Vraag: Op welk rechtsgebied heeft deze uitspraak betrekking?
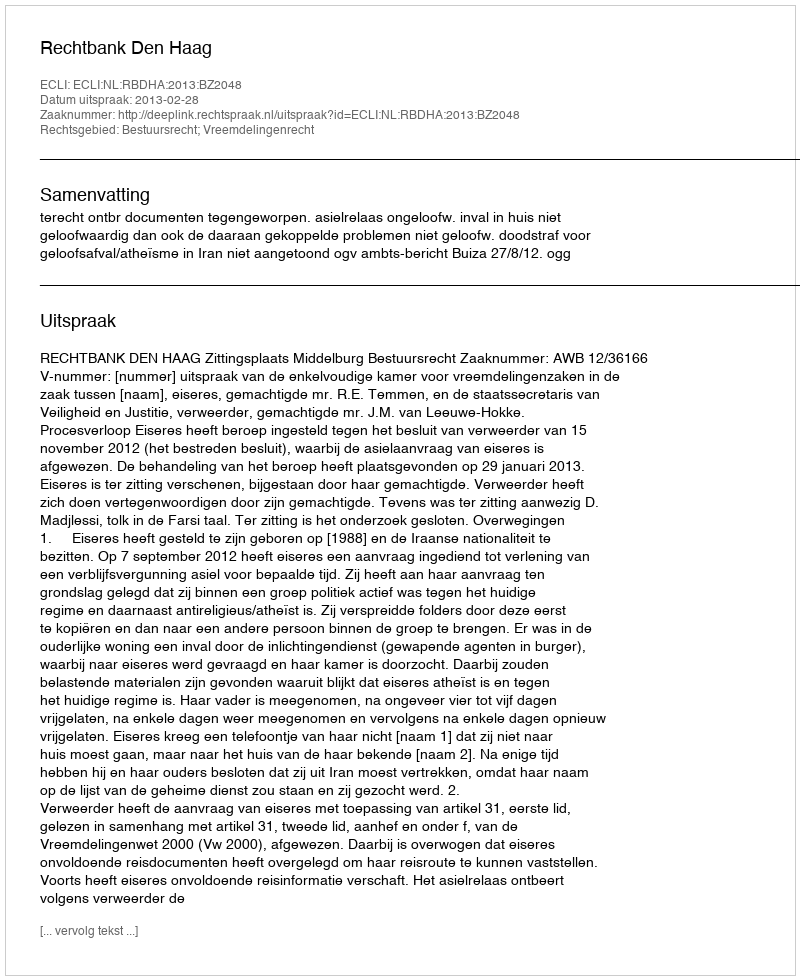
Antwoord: Bestuursrecht; Vreemdelingenrecht